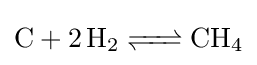
{\ce {C + 2H2 <=> CH4}}